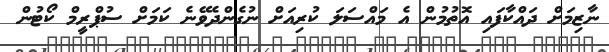
ނާޒިމަށް ދައްކާފައި އޮތުމުން އެ މައްސަލަ ކުރިއަށް ނުގެންދެވޭނެ ކަމަށް ސުޕްރީމް ކޯޓުން